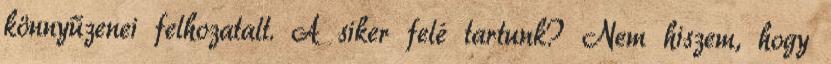
könnyűzenei felhozatalt. A siker felé tartunk? Nem hiszem, hogy